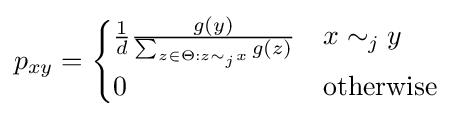
p_{xy}={\begin{cases}{\frac {1}{d}}{\frac {g(y)}{\sum _{z\in \Theta :z\sim _{j}x}g(z)}}&x\sim _{j}y\\0&{\text{otherwise}}\end{cases}}